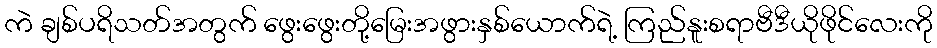
ကဲ ချစ်ပရိသတ်အတွက် ဖွေးဖွေးတို့မြေးအဖွားနှစ်ယောက်ရဲ့ ကြည်နူးစရာဗီဒီယိုဖိုင်လေးကို